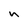
Character: n